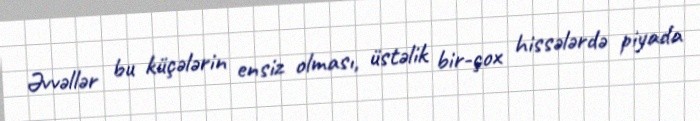
Əvvəllər bu küçələrin ensiz olması, üstəlik bir-çox hissələrdə piyada